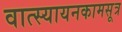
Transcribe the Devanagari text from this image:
वात्स्यायनकामसूत्र